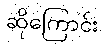
ဆိုကြောင်း